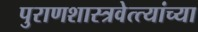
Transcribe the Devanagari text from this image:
पुराणशास्त्रवेत्त्यांच्या